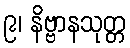
၉၊ နိဗ္ဗာနသုတ္တ